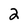
Character: 2